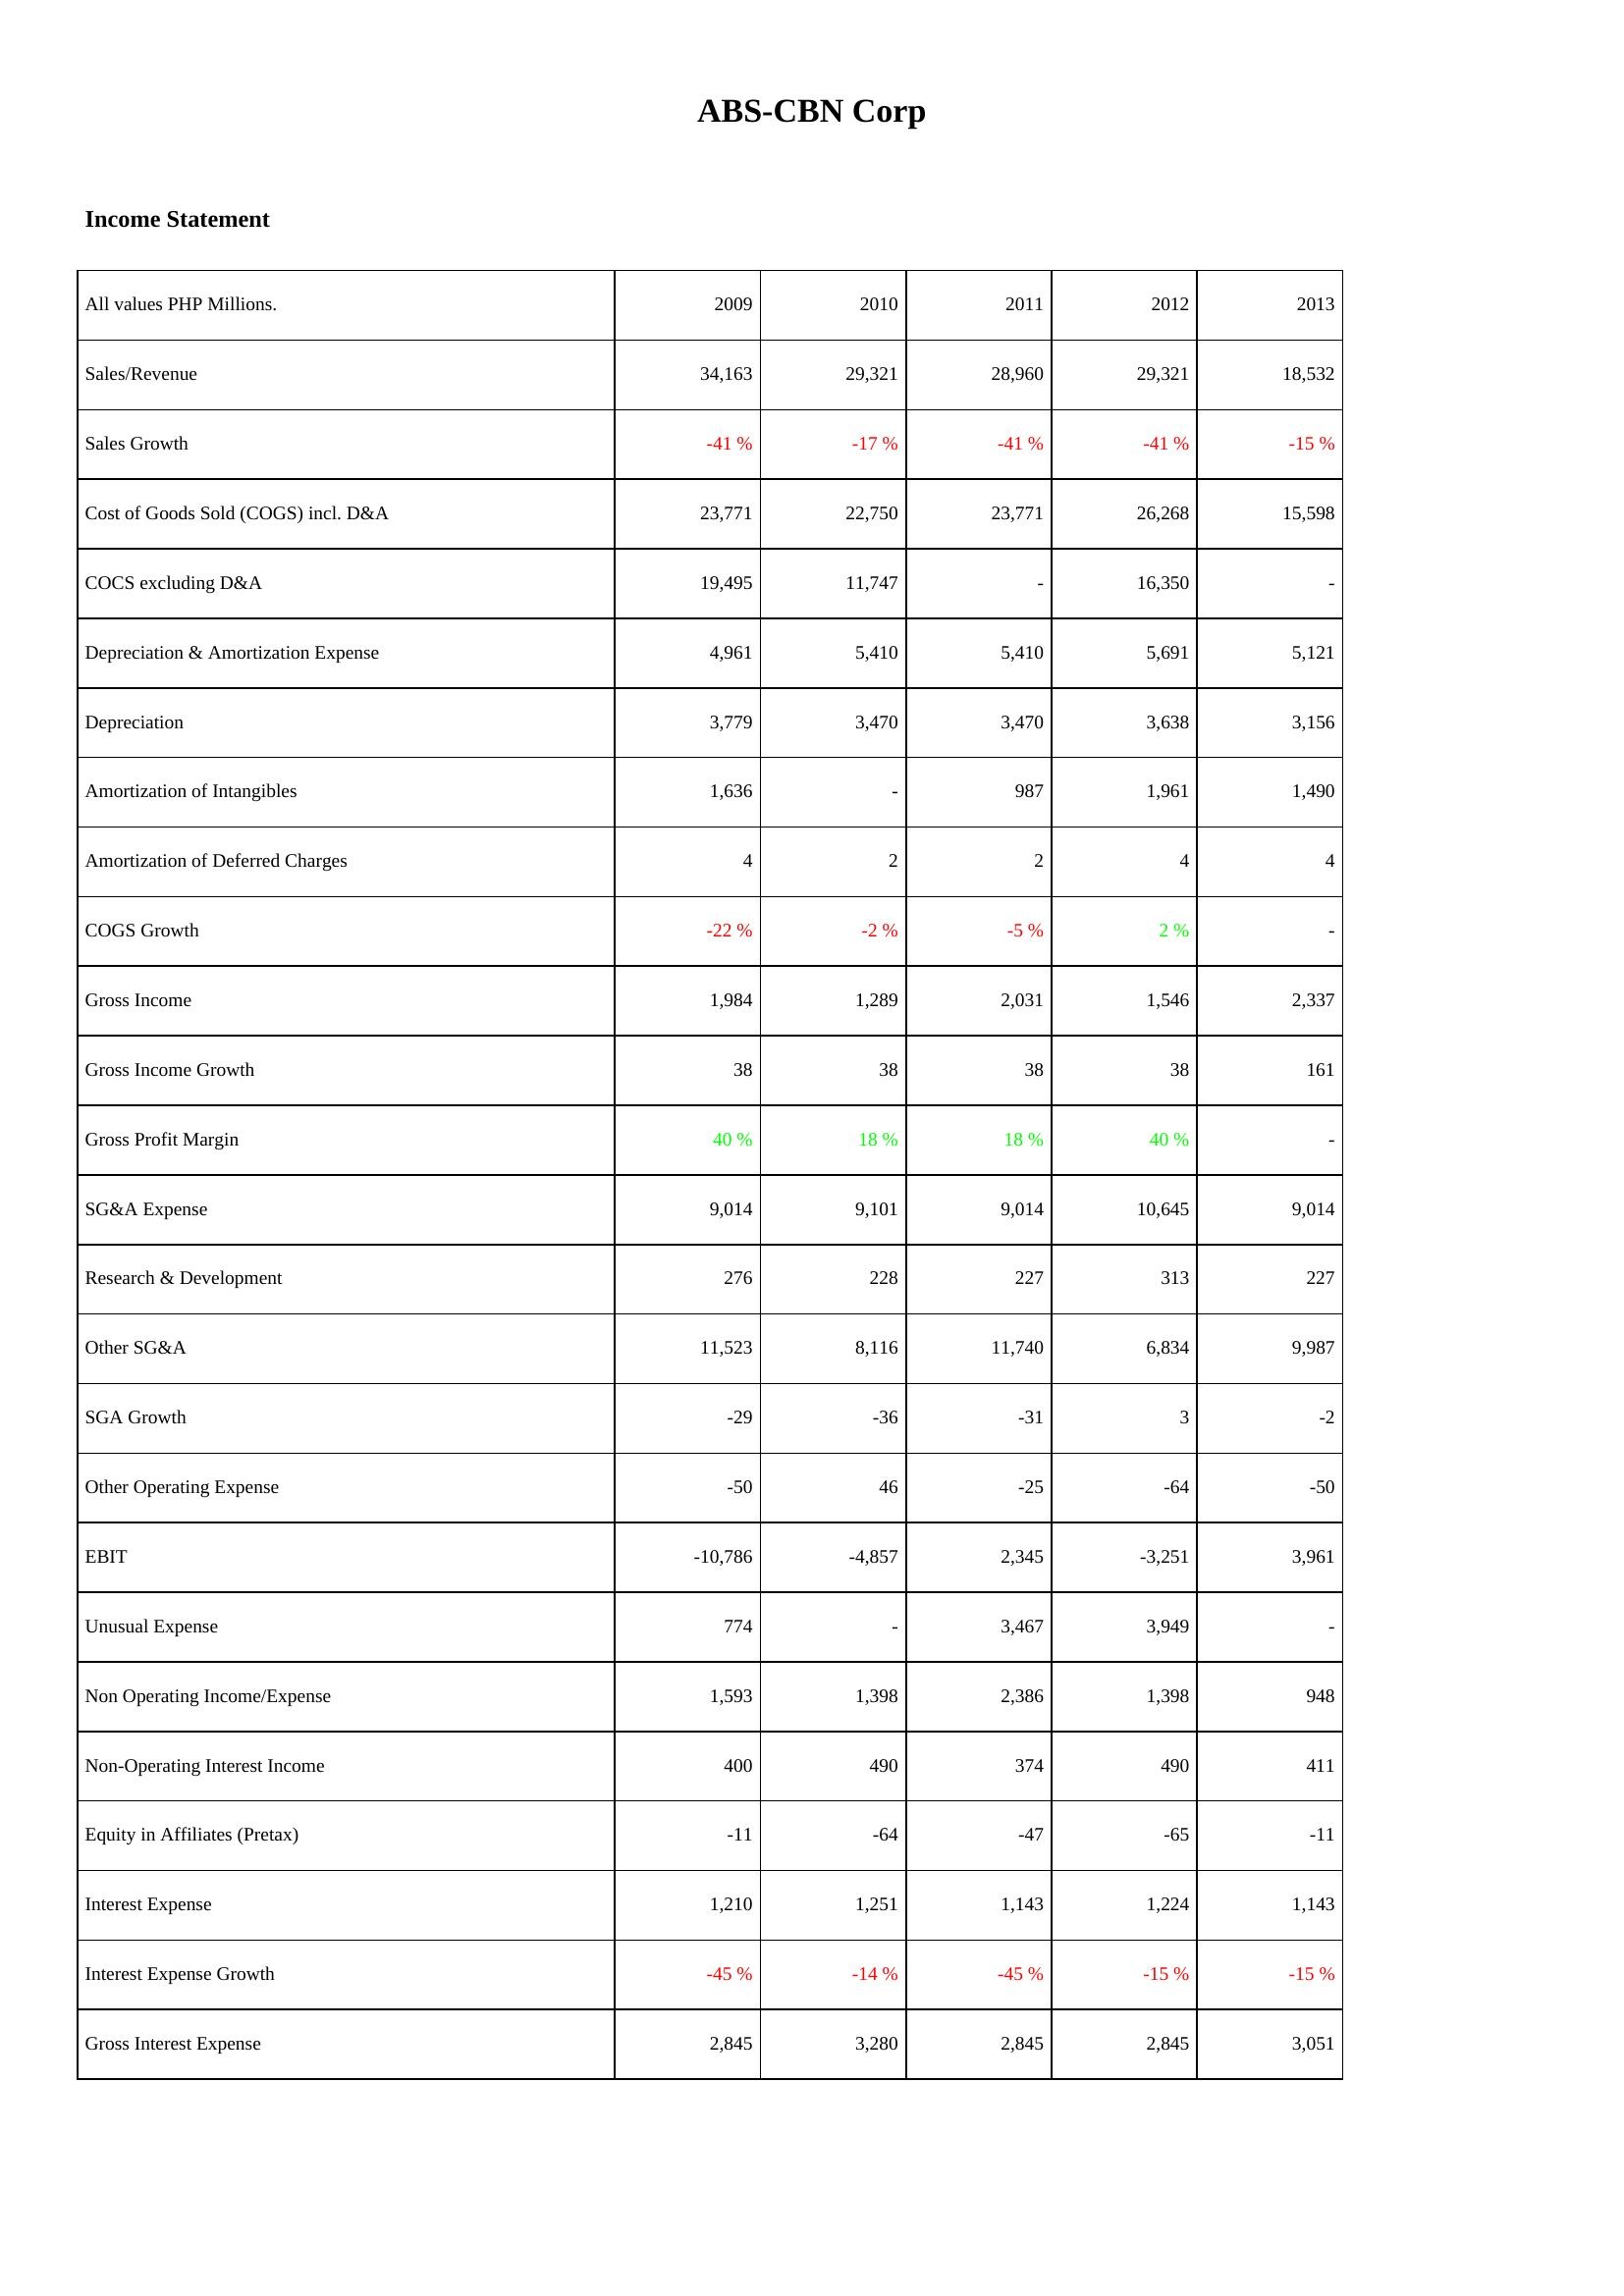
2009: Income Statement: Sales/Revenue: 34,163
Sales Growth: -41 %
Cost of Goods Sold (COGS) incl. D&A: 23,771
COCS excluding D&A: 19,495
Depreciation & Amortization Expense: 4,961
Depreciation: 3,779
Amortization of Intangibles: 1,636
Amortization of Deferred Charges: 4
COGS Growth: -22 %
Gross Income: 1,984
Gross Income Growth: 38
Gross Profit Margin: 40 %
SG&A Expense: 9,014
Research & Development: 276
Other SG&A: 11,523
SGA Growth: -29
Other Operating Expense: -50
EBIT: -10,786
Unusual Expense: 774
Non Operating Income/Expense: 1,593
Non-Operating Interest Income: 400
Equity in Affiliates (Pretax): -11
Interest Expense: 1,210
Interest Expense Growth: -45 %
Gross Interest Expense: 2,845
2010: Income Statement: Sales/Revenue: 29,321
Sales Growth: -17 %
Cost of Goods Sold (COGS) incl. D&A: 22,750
COCS excluding D&A: 11,747
Depreciation & Amortization Expense: 5,410
Depreciation: 3,470
Amortization of Intangibles: -
Amortization of Deferred Charges: 2
COGS Growth: -2 %
Gross Income: 1,289
Gross Income Growth: 38
Gross Profit Margin: 18 %
SG&A Expense: 9,101
Research & Development: 228
Other SG&A: 8,116
SGA Growth: -36
Other Operating Expense: 46
EBIT: -4,857
Unusual Expense: -
Non Operating Income/Expense: 1,398
Non-Operating Interest Income: 490
Equity in Affiliates (Pretax): -64
Interest Expense: 1,251
Interest Expense Growth: -14 %
Gross Interest Expense: 3,280
2011: Income Statement: Sales/Revenue: 28,960
Sales Growth: -41 %
Cost of Goods Sold (COGS) incl. D&A: 23,771
COCS excluding D&A: -
Depreciation & Amortization Expense: 5,410
Depreciation: 3,470
Amortization of Intangibles: 987
Amortization of Deferred Charges: 2
COGS Growth: -5 %
Gross Income: 2,031
Gross Income Growth: 38
Gross Profit Margin: 18 %
SG&A Expense: 9,014
Research & Development: 227
Other SG&A: 11,740
SGA Growth: -31
Other Operating Expense: -25
EBIT: 2,345
Unusual Expense: 3,467
Non Operating Income/Expense: 2,386
Non-Operating Interest Income: 374
Equity in Affiliates (Pretax): -47
Interest Expense: 1,143
Interest Expense Growth: -45 %
Gross Interest Expense: 2,845
2012: Income Statement: Sales/Revenue: 29,321
Sales Growth: -41 %
Cost of Goods Sold (COGS) incl. D&A: 26,268
COCS excluding D&A: 16,350
Depreciation & Amortization Expense: 5,691
Depreciation: 3,638
Amortization of Intangibles: 1,961
Amortization of Deferred Charges: 4
COGS Growth: 2 %
Gross Income: 1,546
Gross Income Growth: 38
Gross Profit Margin: 40 %
SG&A Expense: 10,645
Research & Development: 313
Other SG&A: 6,834
SGA Growth: 3
Other Operating Expense: -64
EBIT: -3,251
Unusual Expense: 3,949
Non Operating Income/Expense: 1,398
Non-Operating Interest Income: 490
Equity in Affiliates (Pretax): -65
Interest Expense: 1,224
Interest Expense Growth: -15 %
Gross Interest Expense: 2,845
2013: Income Statement: Sales/Revenue: 18,532
Sales Growth: -15 %
Cost of Goods Sold (COGS) incl. D&A: 15,598
COCS excluding D&A: -
Depreciation & Amortization Expense: 5,121
Depreciation: 3,156
Amortization of Intangibles: 1,490
Amortization of Deferred Charges: 4
COGS Growth: -
Gross Income: 2,337
Gross Income Growth: 161
Gross Profit Margin: -
SG&A Expense: 9,014
Research & Development: 227
Other SG&A: 9,987
SGA Growth: -2
Other Operating Expense: -50
EBIT: 3,961
Unusual Expense: -
Non Operating Income/Expense: 948
Non-Operating Interest Income: 411
Equity in Affiliates (Pretax): -11
Interest Expense: 1,143
Interest Expense Growth: -15 %
Gross Interest Expense: 3,051